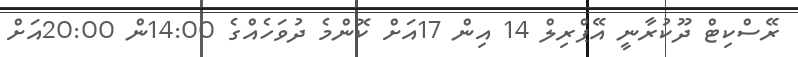
ރޭސްކިޓް ދޫކުރާނީ އޭޕްރިލް 14 އިން 17އަށް ކޮންމެ ދުވަހެއްގެ 14:00ން 20:00އަށް